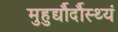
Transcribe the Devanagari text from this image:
मुहुर्द्यौर्दौस्थ्यं